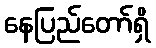
နေပြည်တော်ရှိ